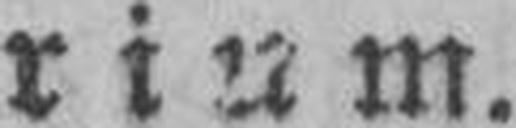
rium.